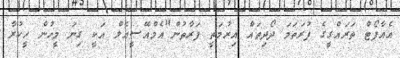
އެއާޕޯޓް ތަރައްގީގެ ފުރަތަމަ ދޯދިތައް އިރުމަތީ ފަރާތުން"އެމްއޭސީއެލް އަކީ ގިނަ މީހުން ހީކުރާ